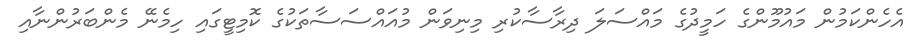
އެހެންކަމުން މައުމޫންގެ ހަމީދުގެ މައްސަލަ ދިރާސާކުރި މިނިވަން މުއައްސަސާތަކުގެ ކޮމިޓީގައި ހިމެނޭ މެންބަރުންނާއި